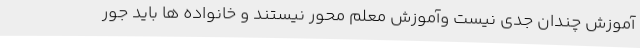
آموزش چندان جدی نیست وآموزش معلم محور نیستند و خانواده ها باید جور